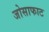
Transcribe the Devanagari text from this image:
जोसाफाट